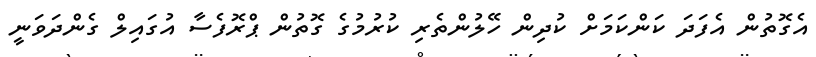
އެގޮތުން އެފަދަ ކަންކަމަށް ކުދިން ހޭލުންތެރި ކުރުމުގެ ގޮތުން ޕްރޮފެސާ އުގައިލް ގެންދަވަނީ